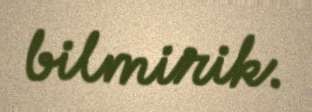
bilmirik.